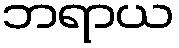
ဘရာယ